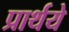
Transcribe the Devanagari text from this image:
प्रार्थये